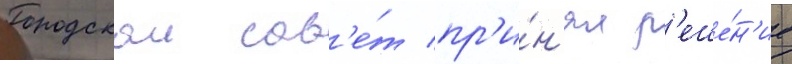
Городскои сов'е́т пр'и́н'ял р'еше́н'ие